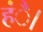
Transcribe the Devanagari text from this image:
हंै।